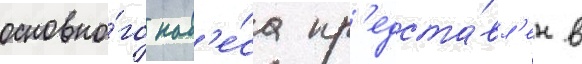
основно́го нав'е́са пр'едста́вл'ен в